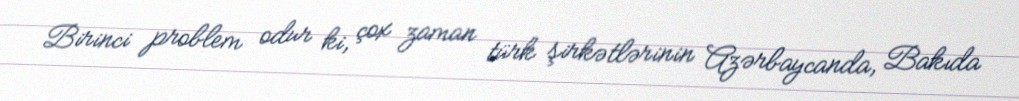
Birinci problem odur ki, çox zaman türk şirkətlərinin Azərbaycanda, Bakıda